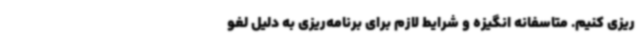
ریزی کنیم. متاسفانه انگیزه و شرایط لازم برای برنامه‌ریزی به دلیل لغو